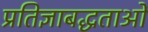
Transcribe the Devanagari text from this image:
प्रतिज्ञाबद्धताओं